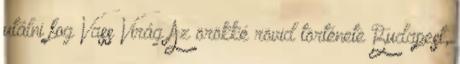
utálni fog Vass Virág Az örökké rövid története Budapest,